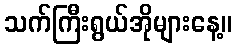
သက်ကြီးရွယ်အိုများနေ့။